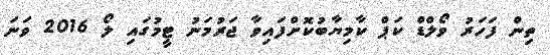
ތިން ފަހަރު ވޯލްޑް ކަޕް ކާމިޔާބުކޮށްފައިވާ ޖަރުމަނު ޓީމުގައި ލޯ 2016 ވަނަ